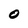
Character: O